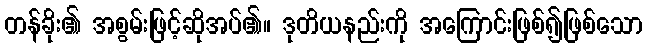
တန်ခိုး၏ အစွမ်းဖြင့်ဆိုအပ်၏။ ဒုတိယနည်းကို အကြောင်းဖြစ်၍ဖြစ်သော